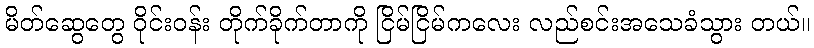
မိတ်ဆွေတွေ ဝိုင်းဝန်း တိုက်ခိုက်တာကို ငြိမ်ငြိမ်ကလေး လည်စင်းအသေခံသွား တယ်။